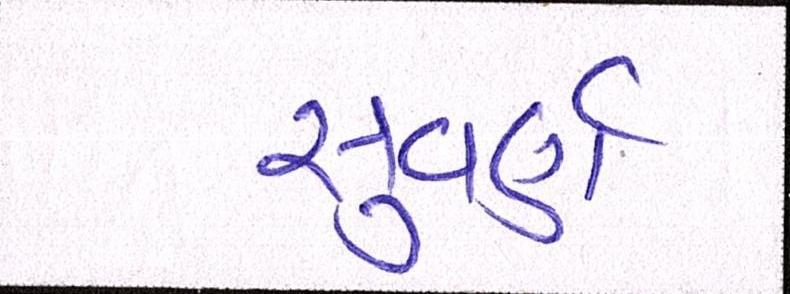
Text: સુવર્ણ